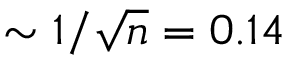
\sim 1 / \sqrt { n } = 0 . 1 4